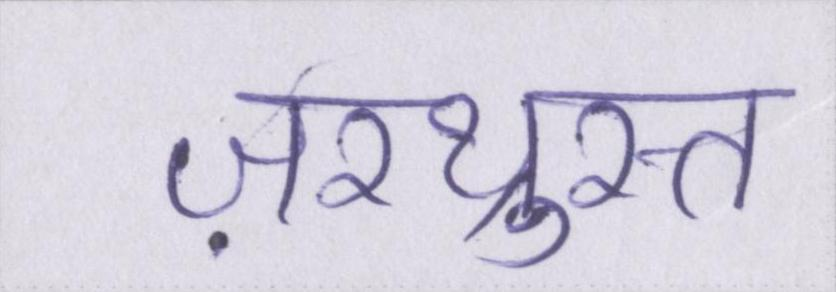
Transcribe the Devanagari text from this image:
ज़रथ्रुस्त